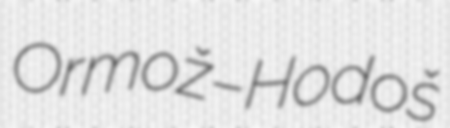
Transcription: Ormož–Hodoš